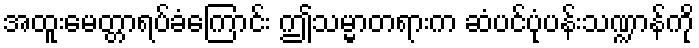
အထူးမေတ္တာရပ်ခံကြောင်း ဤသမ္မာတရားက ဆံပင်ပုံပန်းသဏ္ဍာန်ကို